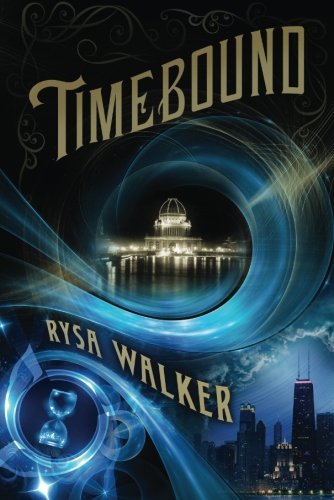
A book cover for Timebound (The Chronos Files); Rysa Walker; Science Fiction & Fantasy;